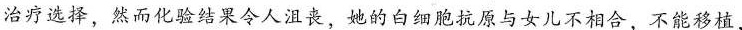
治疗选择，然而化验结果令人沮丧，她的白细胞抗原与女儿不相合，不能移植，